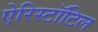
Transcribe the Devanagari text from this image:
ऐरिस्टॉटिल